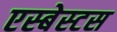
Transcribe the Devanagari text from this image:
एस्‍बेस्‍टस